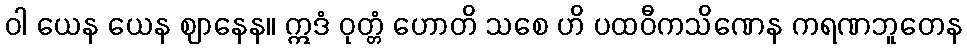
ဝါ ယေန ယေန ဈာနေန။ ဣဒံ ဝုတ္တံ ဟောတိ သစေ ဟိ ပထဝီကသိဏေန ကရဏဘူတေန